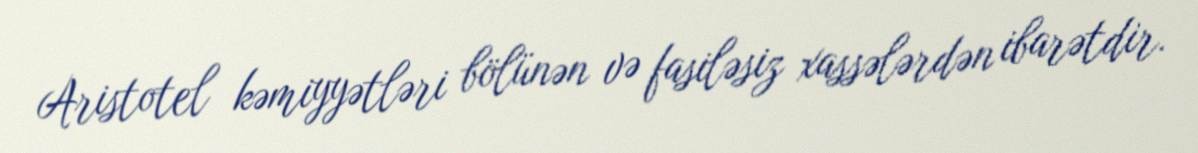
Aristotel kəmiyyətləri bölünən və fasiləsiz xassələrdən ibarətdir.